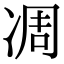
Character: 凋